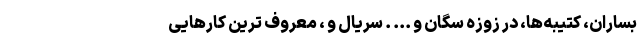
بساران، کتیبه‌ها، در زوزه سگان و ... . سریال و ، معروف ترین کارهایی